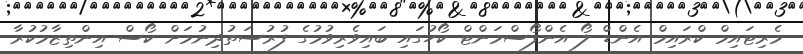
މެރިޓައިމް ކްރައިމް އެންޑް ލޯ އެންފޯސްމަންޓް ކޯހުގައި ބައިވެރިވުމުގެ ފުރުސަތުދިނުމަށް ކޯސް އިންތިޒާމުކުރާ